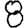
Digit: 8